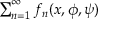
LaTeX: \textstyle { \sum _ { n = 1 } ^ { \infty } f _ { n } ( x , \phi , \psi ) }